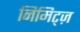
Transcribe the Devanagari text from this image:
निमिट्ज़